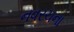
નવરચના